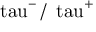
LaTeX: \mathrm { \ t a u } ^ { - } \, / \, \mathrm { \ t a u } ^ { + }